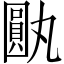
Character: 𪢰